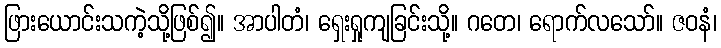
ဖြားယောင်းသကဲ့သို့ဖြစ်၍။ အာပါတံ၊ ရှေးရှုကျခြင်းသို့။ ဂတေ၊ ရောက်လသော်။ ဇဝနံ၊